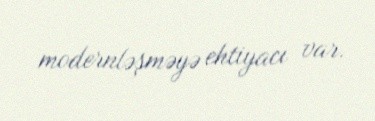
modernləşməyə ehtiyacı var.